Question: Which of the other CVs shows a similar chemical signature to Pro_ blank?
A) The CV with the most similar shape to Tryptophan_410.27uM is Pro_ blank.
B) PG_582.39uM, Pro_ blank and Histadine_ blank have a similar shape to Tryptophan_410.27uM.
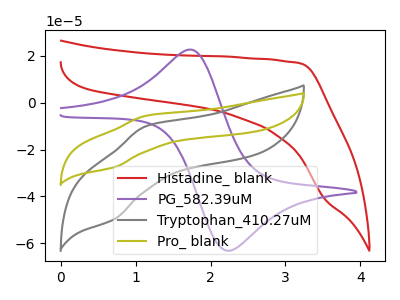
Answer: <think>The red curve "Histadine_ blank" has no peaks. The purple curve "PG_582.39uM" has an anodic peak at (1.75V, 22.65uA) and a cathodic peak at (2.25V, -63.20uA). The gray curve "Tryptophan_410.27uM" has an anodic peak at (1.15V, -10.05uA) and a cathodic peak at (0.70V, -49.70uA). The olive curve "Pro_ blank" has an anodic peak at (1.15V, -5.55uA) and a cathodic peak at (0.70V, -27.50uA).
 "Histadine_ blank" and "PG_582.39uM" have a different number of peaks. "Histadine_ blank" and "Tryptophan_410.27uM" have a different number of peaks. "Histadine_ blank" and "Pro_ blank" have a different number of peaks. "PG_582.39uM" and "Tryptophan_410.27uM" have at least one peak that do not match. "PG_582.39uM" and "Pro_ blank" have at least one peak that do not match. All the peaks in "Tryptophan_410.27uM" have a peak in "Pro_ blank" at the same potential.</think>
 <answer>A) The CV with the most similar shape to "Tryptophan_410.27uM" is "Pro_ blank".</answer>
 <eval>A</eval>